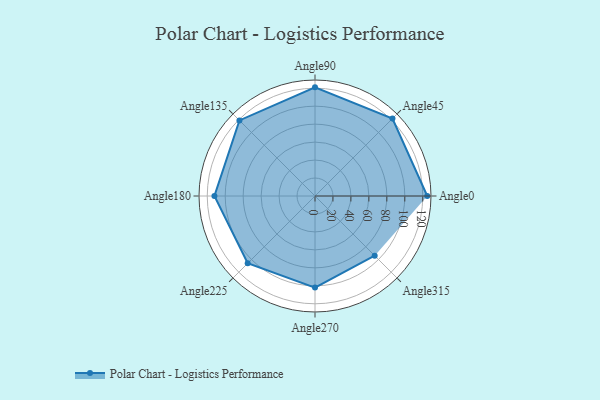
{"axis": {"x": "Angle", "y": "Radius"}, "legend": [""], "data": [{"x": "Angle0", "y": 125.0, "type": ""}, {"x": "Angle45", "y": 122.0, "type": ""}, {"x": "Angle90", "y": 121.0, "type": ""}, {"x": "Angle135", "y": 119.0, "type": ""}, {"x": "Angle180", "y": 112.0, "type": ""}, {"x": "Angle225", "y": 106.0, "type": ""}, {"x": "Angle270", "y": 102.0, "type": ""}, {"x": "Angle315", "y": 94.0, "type": ""}]}